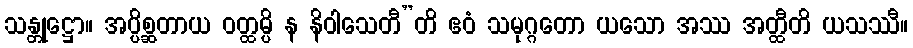
သန္တုဋ္ဌော။ အပ္ပိစ္ဆတာယ ဝတ္ထမ္ပိ န နိဝါသေတီ”တိ ဧဝံ သမုဂ္ဂတော ယသော အဿ အတ္ထီတိ ယသဿီ။